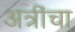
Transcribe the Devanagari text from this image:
अत्रींचा